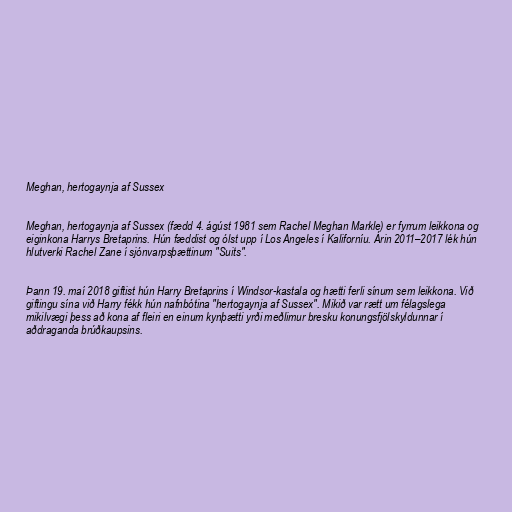
Meghan, hertogaynja af Sussex

Meghan, hertogaynja af Sussex (fædd 4. ágúst 1981 sem Rachel Meghan Markle) er fyrrum leikkona og
eiginkona Harrys Bretaprins. Hún fæddist og ólst upp í Los Angeles í Kaliforníu. Árin 2011–2017 lék hún
hlutverki Rachel Zane í sjónvarpsþættinum "Suits".

Þann 19. maí 2018 giftist hún Harry Bretaprins í Windsor-kastala og hætti ferli sínum sem leikkona. Við
giftingu sína við Harry fékk hún nafnbótina "hertogaynja af Sussex". Mikið var rætt um félagslega
mikilvægi þess að kona af fleiri en einum kynþætti yrði meðlimur bresku konungsfjölskyldunnar í
aðdraganda brúðkaupsins.